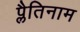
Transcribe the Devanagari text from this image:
प्लैतिनाम